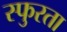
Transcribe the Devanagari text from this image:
स्फुरता